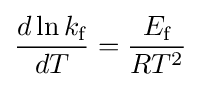
{\frac {d\ln k_{\text{f}}}{dT}}={\frac {E_{\text{f}}}{RT^{2}}}